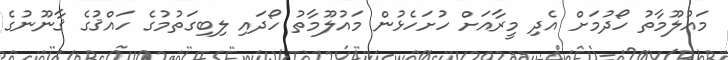
މައުލޫމާތު ހޯދުމަށް އެދި މީރާއަށް ހުށަހެޅުން މައުލޫމާތު ހޯދައި ލިބިގަތުމުގެ ހައްޤުގެ ޤާނޫނުގެ